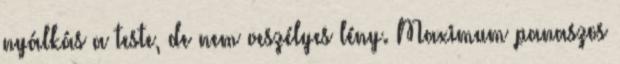
nyálkás a teste, de nem veszélyes lény. Maximum panaszos